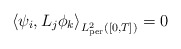
\begin{align*}\left<\psi_i,L_j\phi_k\right>_{L^2_{\rm per}([0,T])}=0\end{align*}